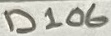
Text: D106